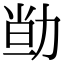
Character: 𠡱